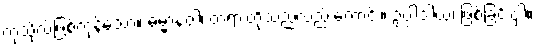
ကုသိုလ်ဖြစ်ကုန်သော။ ဓမ္မာနံဝါ၊ တရားတို့သည်လည်းကောင်း။ ဥပ္ပါဒါယ၊ ဖြစ်ခြင်းငှါ။